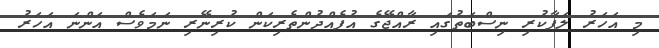
މި އަހަރު ލަފާކުރި ނިސްބަތުގައި ރާއްޖޭގެ އުފެއްދުންތެރިކަން ކުރިނޭރި ނަމަވެސް އަންނަ އަހަރު